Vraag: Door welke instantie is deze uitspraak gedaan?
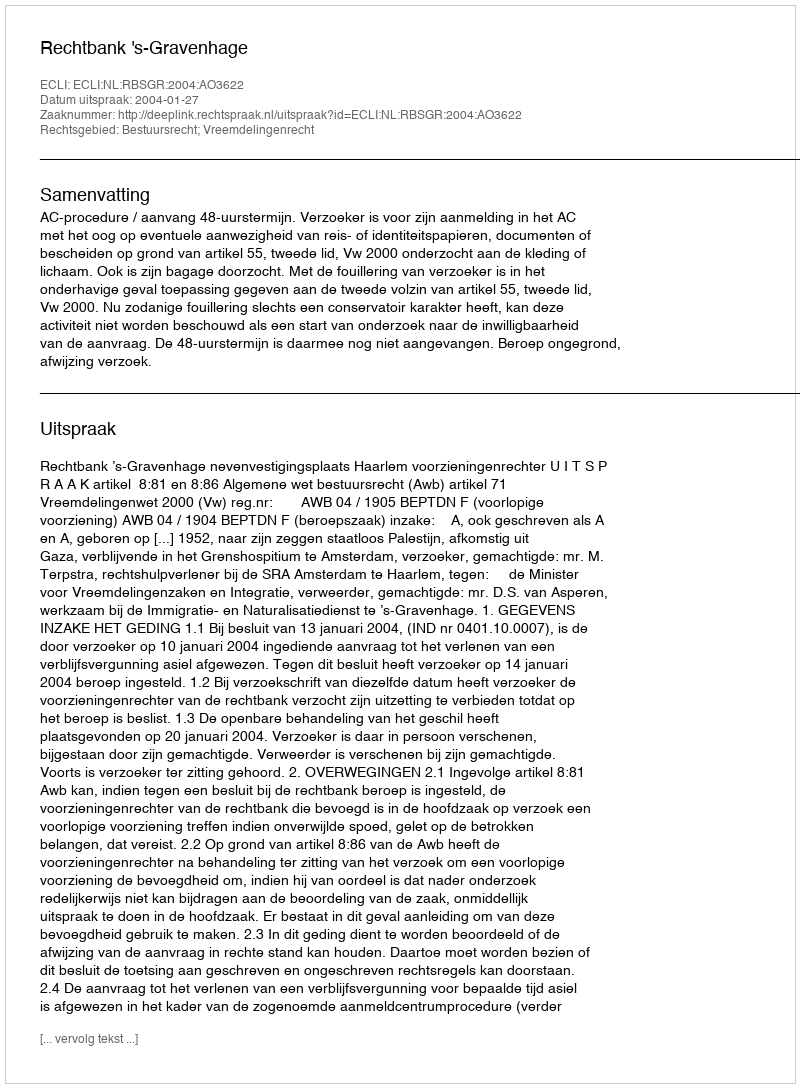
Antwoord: Rechtbank 's-Gravenhage